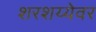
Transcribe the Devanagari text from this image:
शरशय्येवर